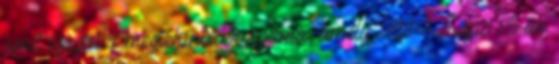
amit igazol a megtekintések száma, amely 2014. május 18-án